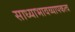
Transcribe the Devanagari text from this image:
साध्याभावव्यापकत्व